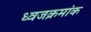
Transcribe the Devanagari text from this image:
ध्वजक्रमांक